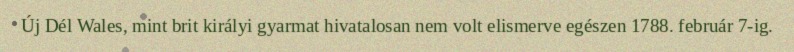
Új Dél Wales, mint brit királyi gyarmat hivatalosan nem volt elismerve egészen 1788. február 7-ig.